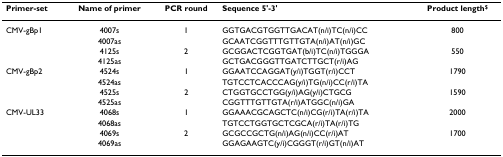
| Primer-set | Name of primer | PCR round | Sequence 5'-3' | Product length$ |
 | --- | --- | --- | --- | --- |
 | CMV-gBp1 | 4007s | 1 | GGTGACGTGGTTGACAT(n/i)TC(n/i)CC | 800 |
 |  | 4007as |  | GCAATCGGTTTGTTGTA(n/i)AT(n/i)GC |  |
 |  | 4125s | 2 | GCGGACTCGGTGAT(b/i)TC(n/i)TGGGA | 550 |
 |  | 4125as |  | GCTGACGGGTTGATCTTGCT(r/i)AG |  |
 | CMV-gBp2 | 4524s | 1 | GGAATCCAGGAT(y/i)TGGT(r/i)CCT | 1790 |
 |  | 4524as |  | TGTCCTCACCCAG(y/i)TG(n/i)CC(r/i)TA |  |
 |  | 4525s | 2 | CTGGTGCCTGG(y/i)AG(y/i)CTGCG | 1590 |
 |  | 4525as |  | CGGTTTGTTGTA(r/i)ATGGC(n/i)GA |  |
 | CMV-UL33 | 4068s | 1 | GGAAACGCAGCTC(n/i)CG(r/i)TA(r/i)TA | 2000 |
 |  | 4068as |  | TGTCCTGGTGCTCGCA(r/i)TA(r/i)TG |  |
 |  | 4069s | 2 | GCGCCGCTG(n/i)AG(n/i)CC(r/i)AT | 1700 |
 |  | 4069as |  | GGAGAAGTC(y/i)CGGGT(r/i)GT(n/i)AT |  |